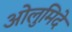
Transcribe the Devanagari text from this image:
ओलुमिदे